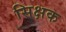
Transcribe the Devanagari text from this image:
सिक्षक